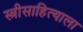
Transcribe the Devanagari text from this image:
स्त्रीसाहित्याला